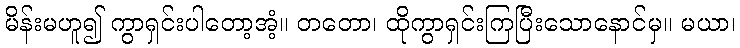
မိန်းမဟူ၍ ကွာရှင်းပါတော့အံ့။ တတော၊ ထိုကွာရှင်းကြပြီးသောနောင်မှ။ မယာ၊